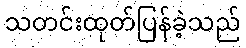
သတင်းထုတ်ပြန်ခဲ့သည်